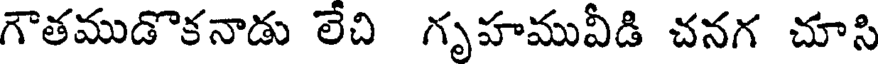
గౌతముడొకనాడు లేచి గృహమువీడి చనగ చూసి